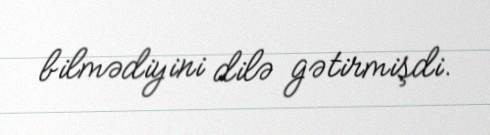
bilmədiyini dilə gətirmişdi.